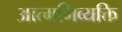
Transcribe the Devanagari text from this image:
आत्मभिव्यक्ति